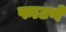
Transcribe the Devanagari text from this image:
फाटणे